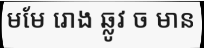
មមែ រោង ឆ្លូវ ច មាន